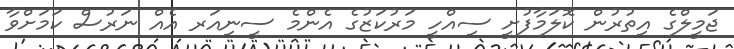
ޖަމީލްގެ އިތުރުން ކޮލަމާފުށީ ސިއްހީ މަރުކަޒުގެ އެންމެ ސީނިއަރ އެއް ނަރުސް ކަމަށްވާ